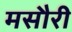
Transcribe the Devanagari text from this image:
मसौरी